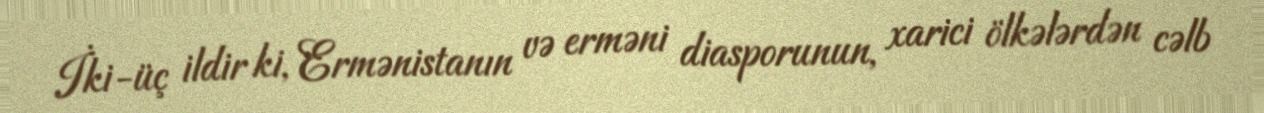
İki-üç ildir ki, Ermənistanın və erməni diasporunun, xarici ölkələrdən cəlb